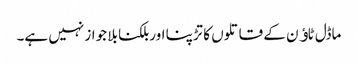
ماڈل ٹاﺅن کے قاتلوں کا تڑپنا اور بلکنا بلا جواز نہیں ہے۔